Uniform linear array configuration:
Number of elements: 48
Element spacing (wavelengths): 0.75
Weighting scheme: cosine
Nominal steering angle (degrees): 0
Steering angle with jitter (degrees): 0.912
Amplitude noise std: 0.05
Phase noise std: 0.05

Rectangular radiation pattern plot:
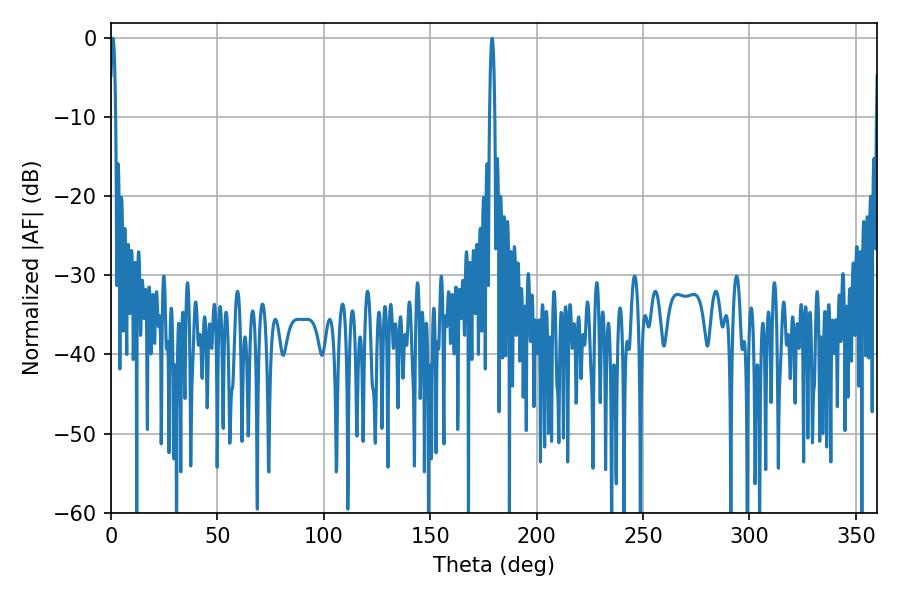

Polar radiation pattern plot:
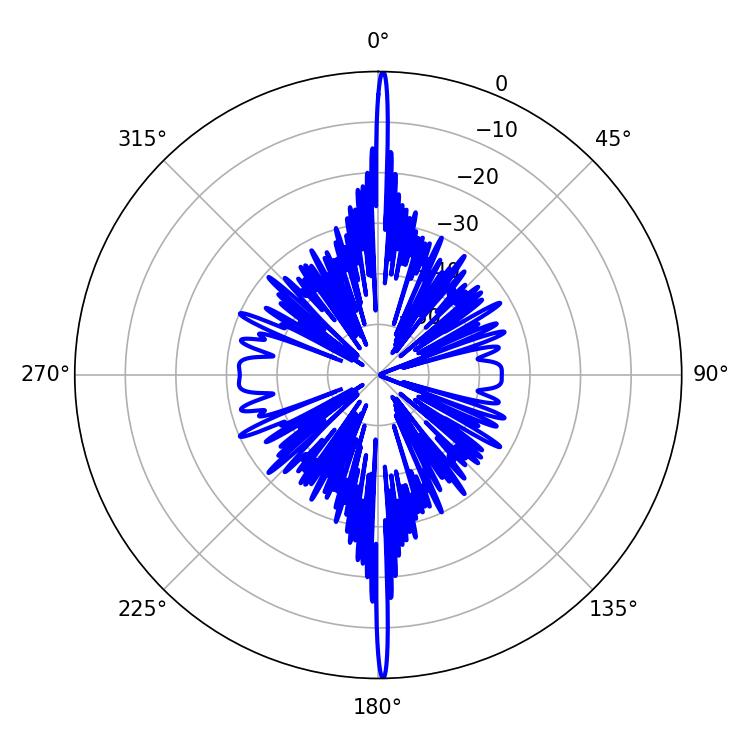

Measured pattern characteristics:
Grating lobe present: TRUE
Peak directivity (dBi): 34.484
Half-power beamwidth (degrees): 1.44
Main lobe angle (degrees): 179.1